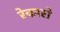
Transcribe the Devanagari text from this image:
रेकारो